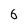
Character: 6